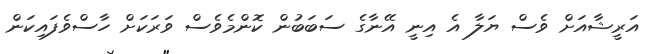
އަރީޝާއަށް ވެސް ޔަލާ އެ އިނީ އޭނާގެ ސަބަބުން ކޮންމެވެސް ވަރަކަށް ހާސްވެފައިކަން